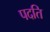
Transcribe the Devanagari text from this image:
पदति